Investigations on Bengal jail dietaries - Number 37
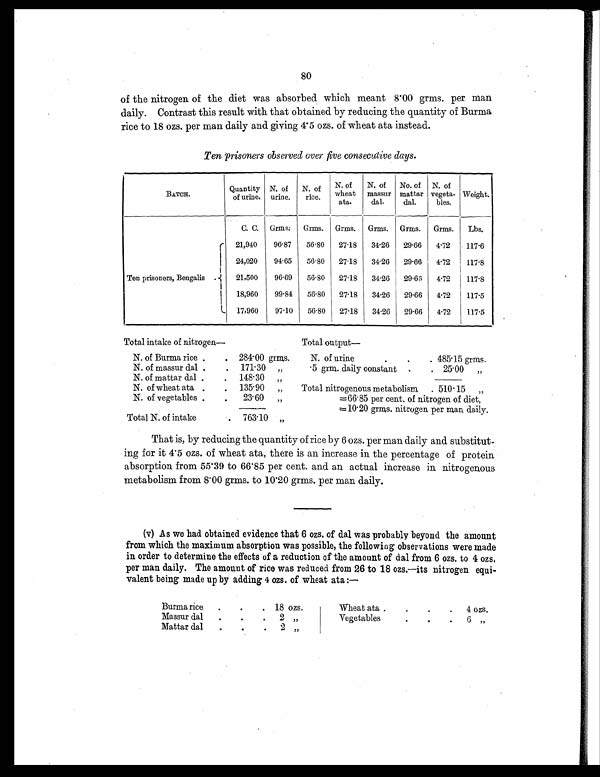
80
of the nitrogen of the diet was absorbed which meant 8.00 grms. per man
daily. Contrast this result with that obtained by reducing the quantity of Burma
rice to 18 ozs. per man daily and giving 4.5 ozs. of wheat ata instead.
Ten prisoners observed over five consecutive days.
B A T C H .
Quantity
of urine.
N. of
urine.
N. of
rice.
N. of
wheat
ata.
N. of
massur
dal.
No. of
mattar
dal.
N. of
vegeta-
bles.
Weight.
C. C. Grms. Grms. Grms. Grms. Grms. Grms. Lbs.
Ten prisoners, Bengalis
. 21,940
96.87 56.80 27.18 34.26 29.66 4.72
117.6
24,020
94.65 56.80 27.18 34.26 29.66 4.72
117.8
21,500
96.69 56.80 27.18 34.26 29.66 4.72
117.8
18,960
99.84 56.80 27.18 34.26 29.66 4.72
117.5
17,960
97.10 56.80 27.18 34.26 29.66 4.72
117.5
Total intake of nitrogen—
Total output —
N. of Burma rice .
. 284.00 grms.
N. of urine
.
.
. 485.15 grms.
N. of massur dal .
. 171.30 „
.5 grm. daily constant .
. 25.00 „
N. of mattar dal .
. 148.30 „
N. of wheat ata .
. 135.90 „
Total nitrogenous metabolism . 510.15 „
N. of vegetables .
.
23.60 „
=66.85 per cent. of nitrogen of diet,
=10.20 grms. nitrogen per man daily.
Total N. of intake
763.10 „
That is, by reducing the quantity of rice by 6 ozs. per man daily and substitut-
ing for it 4.5 ozs. of wheat ata, there is an increase in the percentage of protein
absorption from 55.39 to 66.85 per cent. and an actual increase in nitrogenous
metabolism from 8.00 grms. to 10.20 grms. per man daily.
(v) As we had obtained evidence that 6 ozs. of dal was probably beyond the amount
from which the maximum absorption was possible, the following observations were made
in order to determine the effects of a reduction of the amount of dal from 6 ozs. to 4 ozs.
per man daily. The amount of rice was reduced from 26 to 18 ozs.—its nitrogen equi-
valent being made up by adding 4 ozs. of wheat ata:—
Burma rice
. .
. 18 ozs.
Wheat ata .
.
.
. 4 ozs.
Massur dal
. .
. 2 „
Vegetables
.
.
. 6 „
Mattar dal
.
.
. 2 „